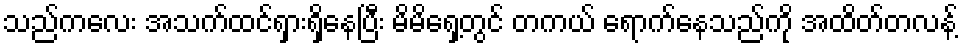
သည်ကလေး အသက်ထင်ရှားရှိနေပြီး မိမိရှေ့တွင် တကယ် ရောက်နေသည်ကို အထိတ်တလန့်